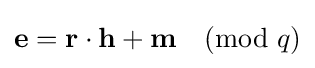
{\textbf {e}}={\textbf {r}}\cdot {\textbf {h}}+{\textbf {m}}{\pmod {q}}